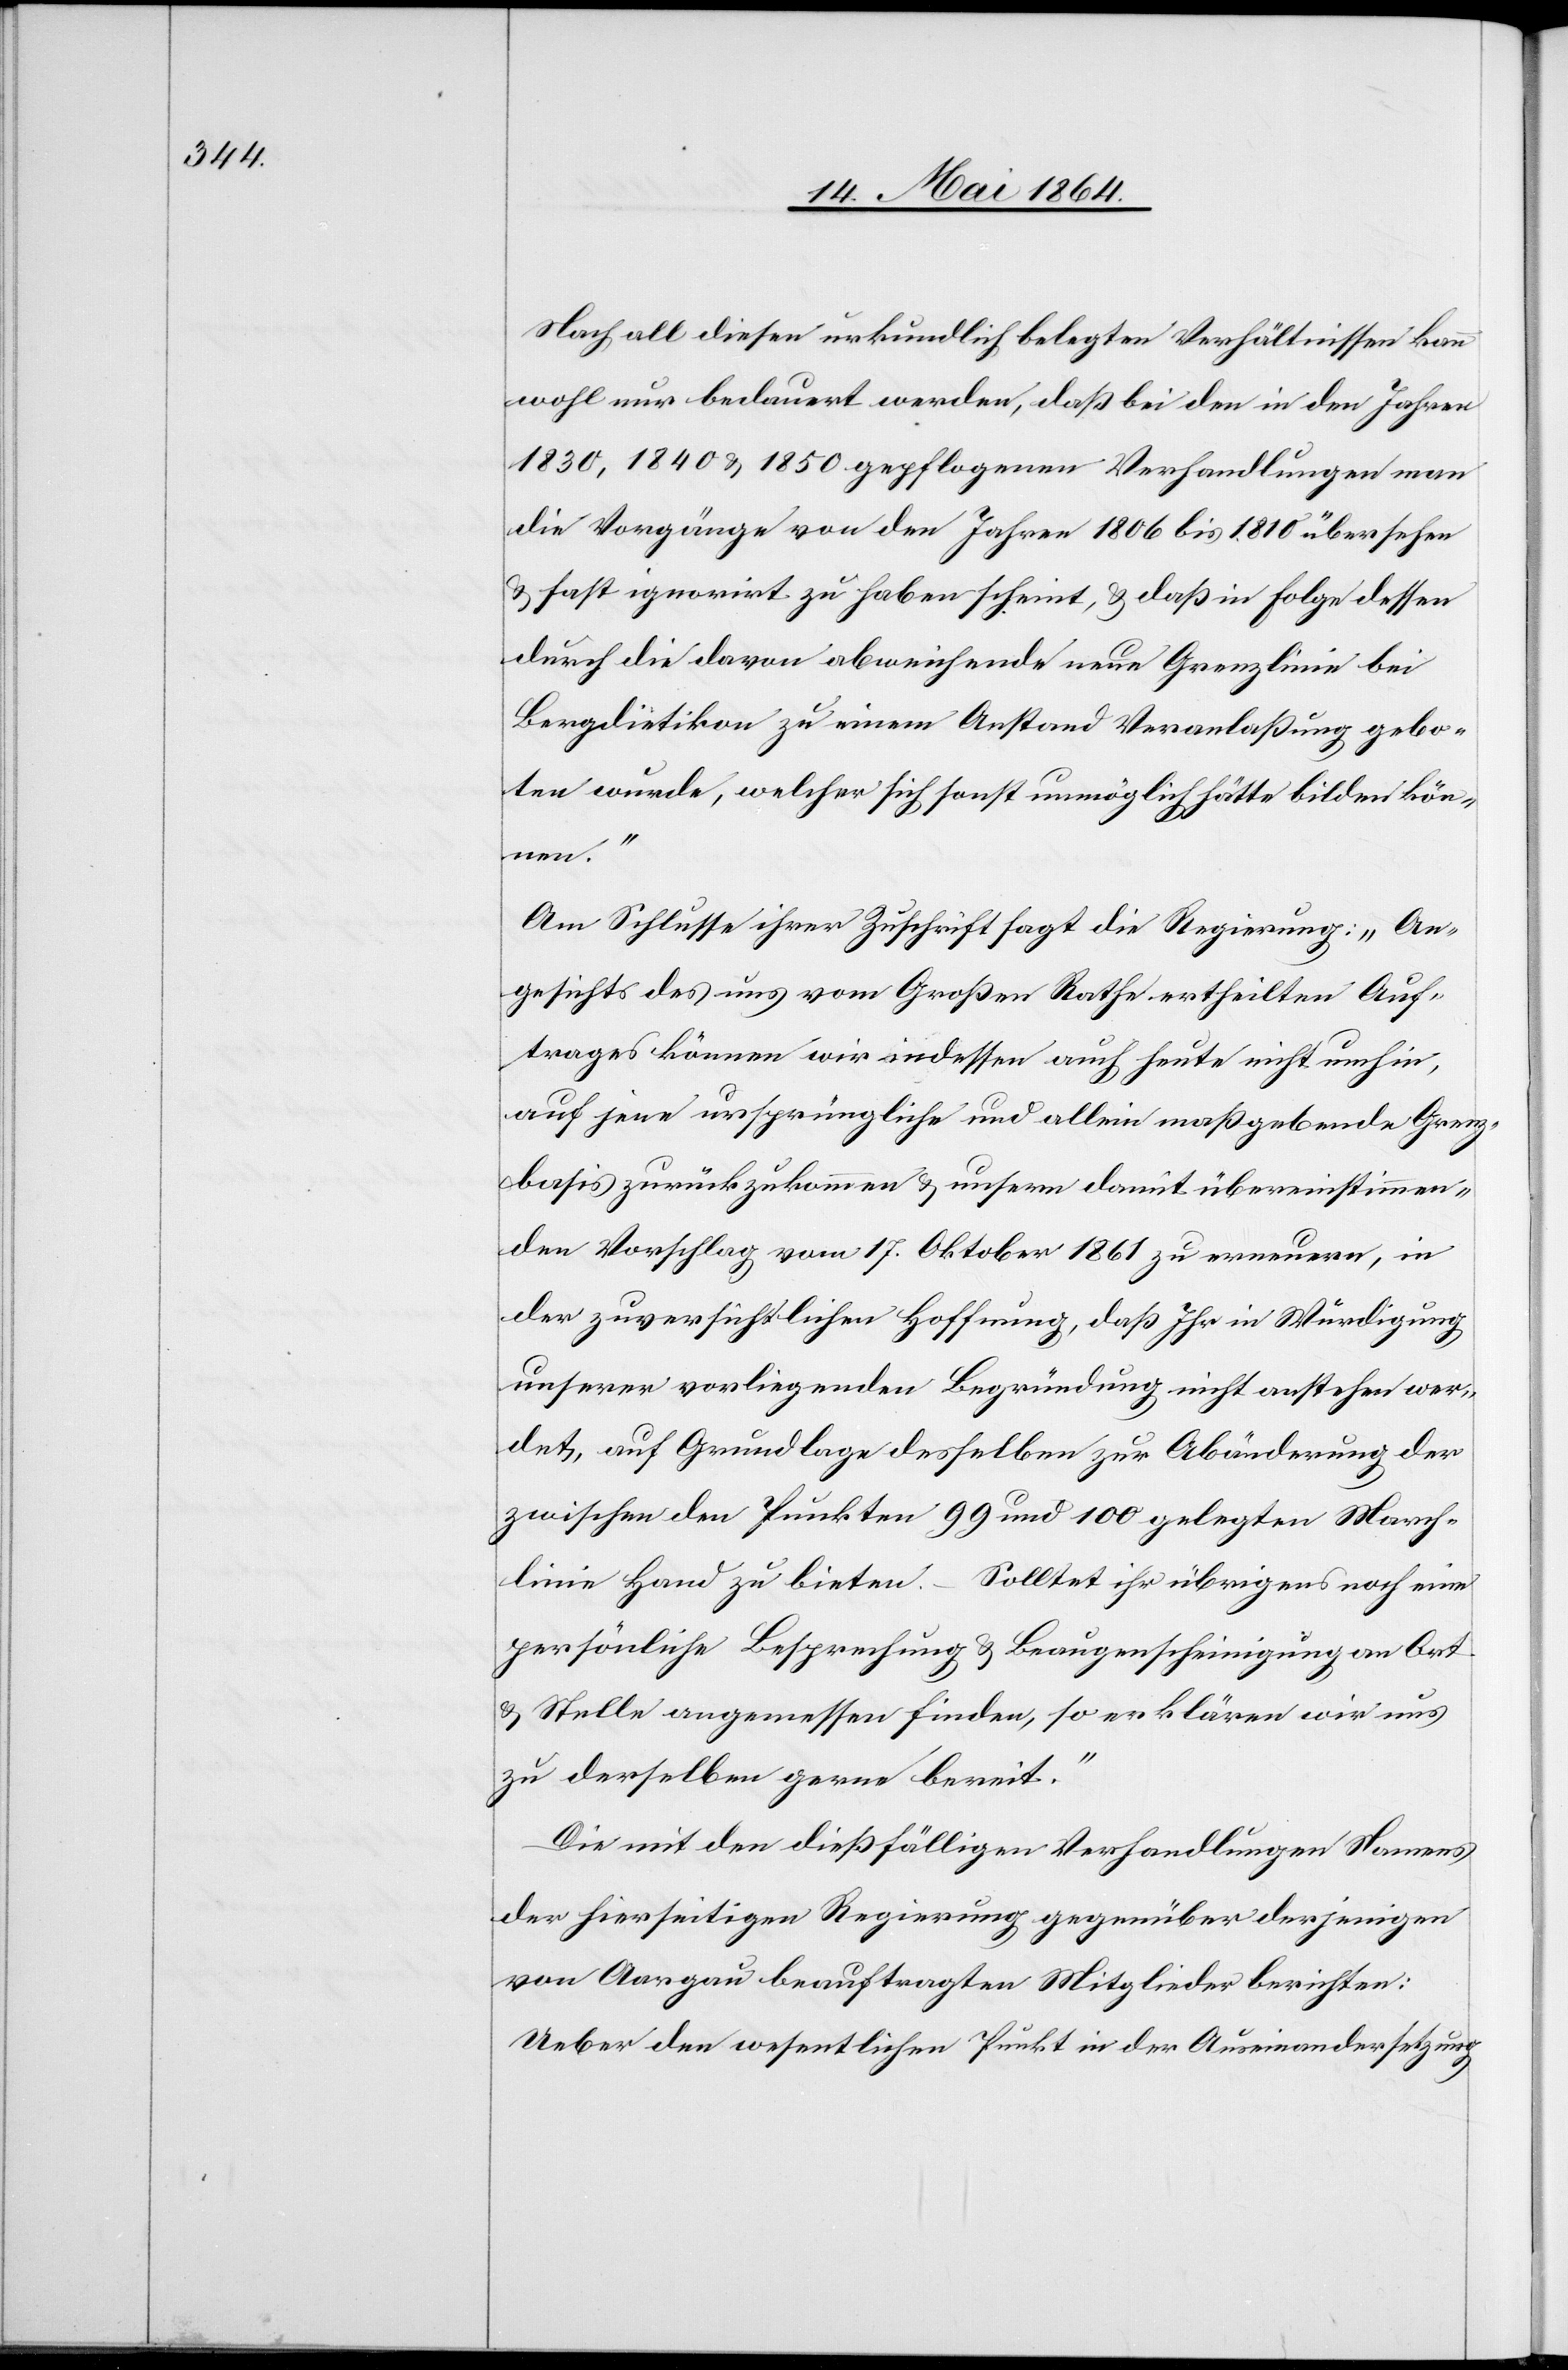
Nach all diesen urkundlich belegten Verhältnissen kann
wohl nur bedauert werden, daß bei den in den Jahren
1830, 1840 u. 1850 gepflogenen Verhandlungen man
die Vorgänge von den Jahren 1806 bis 1810 übersehen
u. fast ignorirt zu haben scheint, u. daß in Folge dessen
durch die davon abweichende neue Grenzlinie bei
Bergdietikon zu einem Anstand Veranlaßung gebo¬
ten wurde, welcher sich sonst unmöglich hätte bilden kön¬
nen.“
Am Schlusse ihrer Zuschrift sagt die Regierung: „An¬
gesichts des uns vom Großen Rathe ertheilten Auf¬
trages können wir indessen auch heute nicht umhin,
auf jene ursprüngliche und allein maßgebende Grenz¬
basis zurückzukommen u. unsern damit übereinstimmen¬
den Vorschlag vom 17. Oktober 1861 zu erneuern, in
der zuversichtlichen Hoffnung, daß Ihr in Würdigung
unserer vorliegenden Begründung nicht anstehen wer¬
det, auf Grundlage desselben zur Abänderung der
zwischen den Punkten 99 und 100 gelegten March¬
linie Hand zu bieten. Solltet ihr übrigens noch eine
persönliche Besprechung u. Beaugenscheinigung an Ort
u. Stelle angemessen finden, so erklären wir uns
zu derselben gerne bereit.“
Die mit den dießfälligen Verhandlungen Namens
der hierseitigen Regierung gegenüber derjenigen
von Aargau beauftragten Mitglieder berichten:
Ueber den wesentlichen Punkt in der Auseinandersetzung